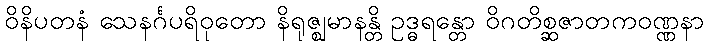
ဝိနိပတနံ သေနင်္ဂပရိဝုတော နိရုဇ္ဈမာနန္တိ ဥဒ္ဓရန္တော ဝိဂတိစ္ဆဇာတကဝဏ္ဏနာ